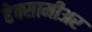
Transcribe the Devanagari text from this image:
हेक्सामीअर